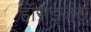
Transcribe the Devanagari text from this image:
हॉराइज़ंस